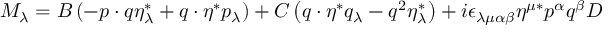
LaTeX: M _ { \lambda } = B \left( - p \cdot q \eta _ { \lambda } ^ { * } + q \cdot \eta ^ { * } p _ { \lambda } \right) + C \left( q \cdot \eta ^ { * } q _ { \lambda } - q ^ { 2 } \eta _ { \lambda } ^ { * } \right) + i \epsilon _ { \lambda \mu \alpha \beta } \eta ^ { \mu * } p ^ { \alpha } q ^ { \beta } D